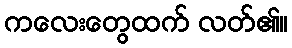
ကလေးတွေထက် လတ်၏။